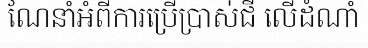
ណែនាំអំពីការប្រើប្រាស់ជី លើដំណាំ